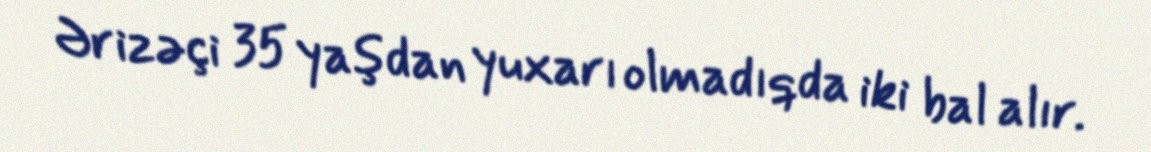
Ərizəçi 35 yaşdan yuxarı olmadıqda iki bal alır.